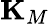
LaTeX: {\mathbf K}_{M}